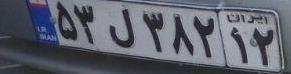
۵۳ل۳۸۲۱۲